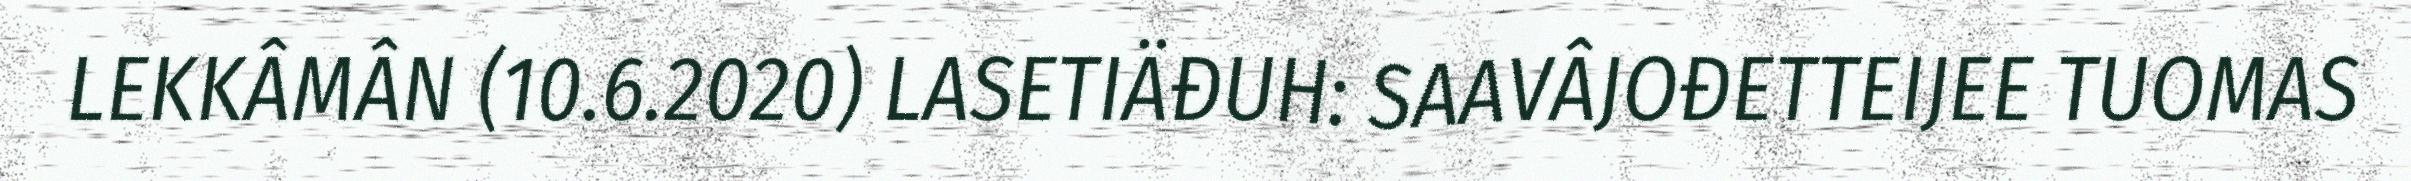
LEKKÂMÂN (10.6.2020) LASETIÄĐUH: SAAVÂJOĐETTEIJEE TUOMAS